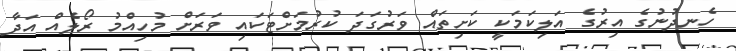
ހެނދުނުގެ އިރުގެ އަލިކަމަކީ ކަށިތައް ވަރުގަދަ ކުރުމަށްޓަކައި ވަރަށް މުހިއްމު ރޯލެއް އަދާ